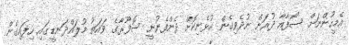
އެމީހުންނަށް ސޯފާއާ ދުރަށް ނުދެވިގެން އުޅެނިކޮށް ދެންފެނުނީ ސޮފޫރާގެ ވައަތު މުލައްދަނޑީގައި ހިފައިގެން